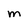
Character: m